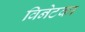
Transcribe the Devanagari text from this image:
विनेटका